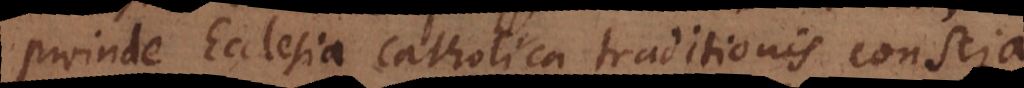
proinde Ecclesia Catholica traditionis conscia